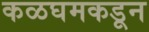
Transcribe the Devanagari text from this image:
कळघमकडून